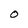
Character: 0